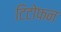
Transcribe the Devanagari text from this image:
टिटोफन